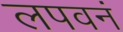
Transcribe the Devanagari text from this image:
लपवनं